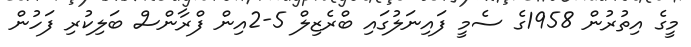
މީގެ އިތުރުން 1958ގެ ސެމީ ފައިނަލުގައި ބްރެޒިލް 5-2އިން ފްރާންސް ބަލިކުރި ފަހުން